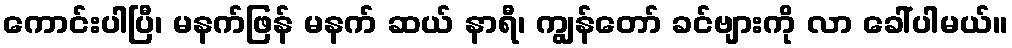
ကောင်းပါပြီ၊ မနက်ဖြန် မနက် ဆယ် နာရီ၊ ကျွန်တော် ခင်ဗျားကို လာ ခေါ်ပါမယ်။